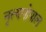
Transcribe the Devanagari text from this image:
नृत्यगोपाल